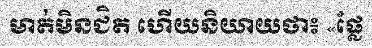
មាត់មិនជិត ហើយនិយាយថា៖ «ផ្លែ